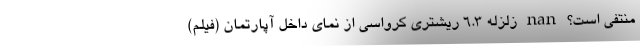
منتفی است؟ nan زلزله ۶.۳ ریشتری کرواسی از نمای داخل آپارتمان (فیلم)